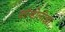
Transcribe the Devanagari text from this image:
कॉन्डोलीझा